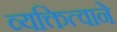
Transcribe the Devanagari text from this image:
व्यक्तित्वाने